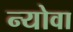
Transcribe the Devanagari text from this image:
न्योवा